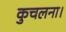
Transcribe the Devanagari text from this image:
कुचलना।